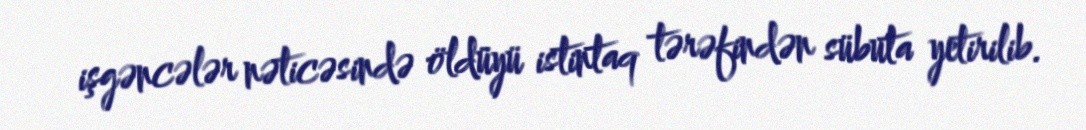
işgəncələr nəticəsində öldüyü istintaq tərəfindən sübuta yetirilib.